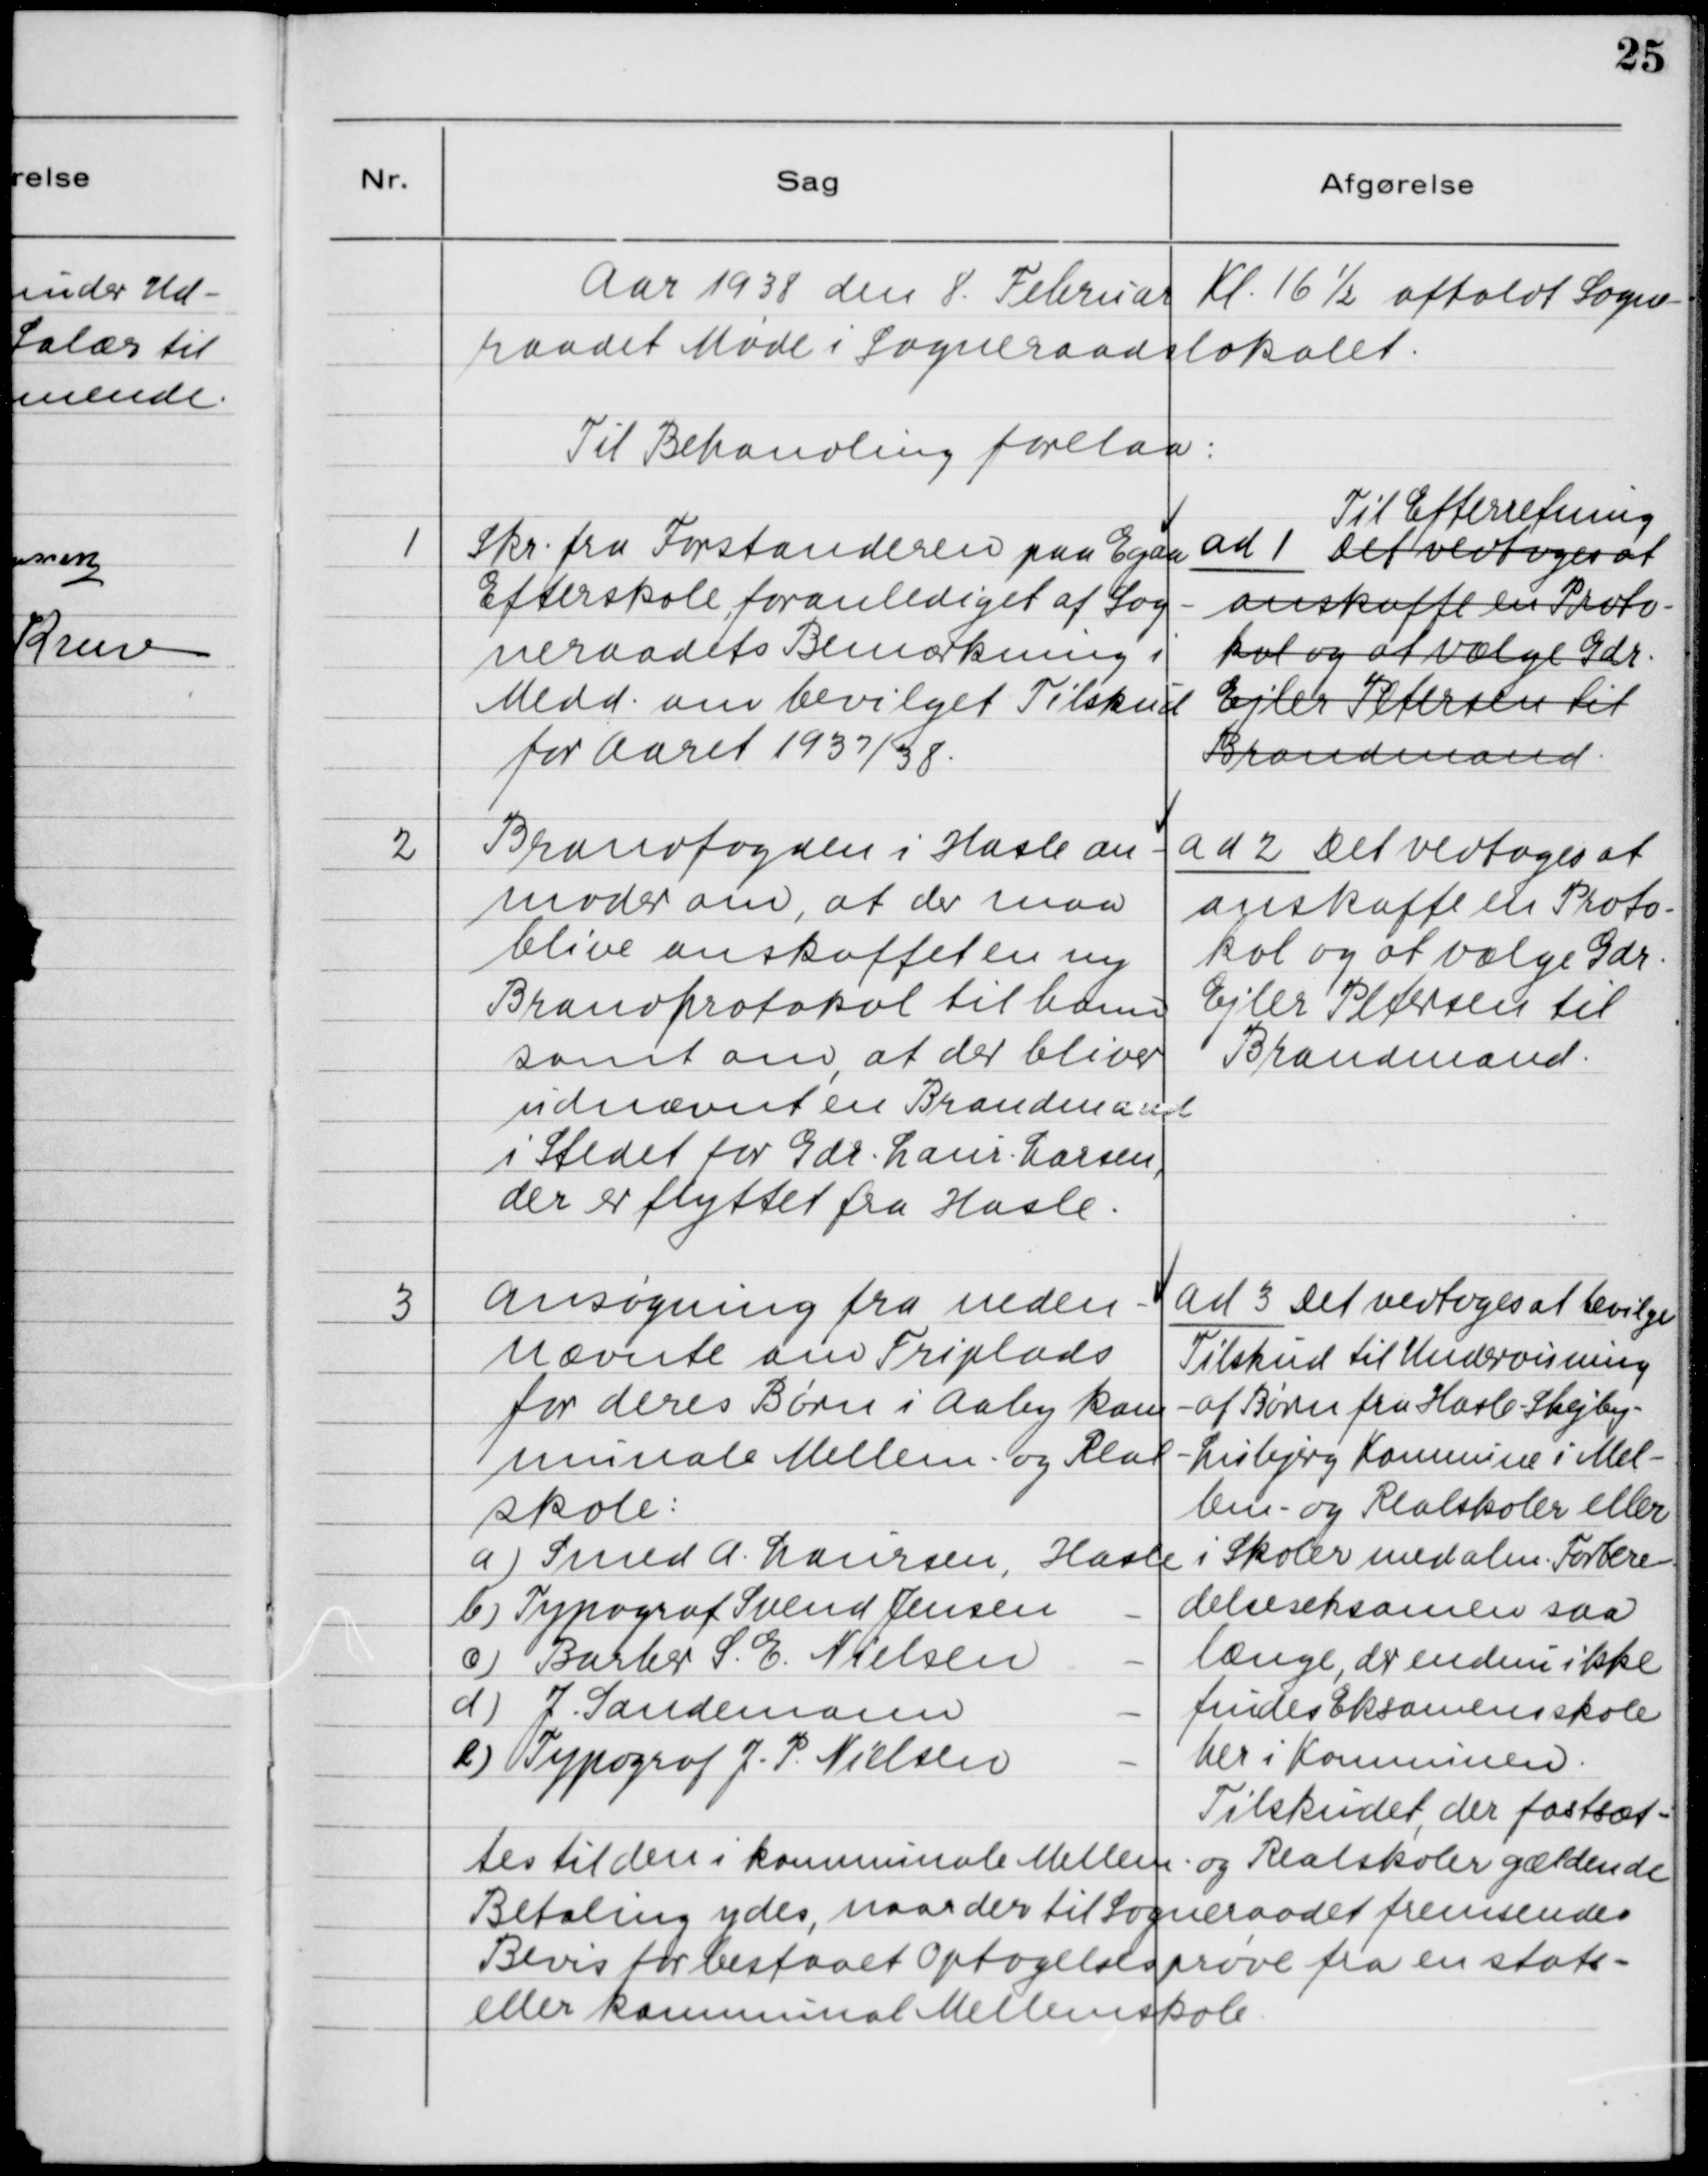
Transskription:
Aar 1938 den 8. Februar Kl. 16 1/2 afholdt Sogne-
raadet Møde i Sogneraadslokalet.
Til Behandling forelaa:

1. Skr. fra Forstanderen paa Egaa
Efterskole foranlediget af Sog-
neraadets Bemærkning i
Medd. om bevilget Tilskud
for Aaret 1937/38.

ad 1. Til Efterretning.
Det vedtoges at
anskaffe en Proto-
kol og at vælge Gdr.
Ejler Petersen til
Brandmand.

2. Brandfogden i Hasle an-
moder om, at der maa
blive anskaffet en ny
Brandprotokol til ham
samt om, at der bliver
udnævnt en Brandmand
i Stedet for Gdr. Laur. - Larsen,
der er flyttet fra Hasle.

ad 2. Det vedtoges at
anskaffe en Proto-
kol og at vælge Gdr.
Ejler Petersen til
Brandmand.

3. Ansøgning fra neden-
nævnte om Friplads
for deres Børn i Aaby Kom-
munale Mellem- og Real-
skole:
a) Smed A. Laursen, Hasle
b) Typograf Svend Jensen, Hasle
c) Barber S. E. Nielsen, Hasle
d) J. Sandemann, Hasle
d) Typograf J. P. Nielsen, Hasle

ad 3. Det vedtoges at bevilge
Tilskud til Undervisning
af Børn fra Hasle - Skejby -
Lisbjerg Kommune i Mel-
lem- og Realskoler eller
i Skoler med alm. Forbere-
delseseksamen saa
længe, der endnu ikke
findes Eksamenskole
her i Kommunen.
Tilskudet, der fastsæt-
tes til den i kommunale Mellem- og Realskoler gældende
Betaling ydes, naar der til Sogneraadet fremsendes
Bevis for bestaaet Optagelsesprøve fra et stats-
eller kommunal Mellemskole.